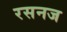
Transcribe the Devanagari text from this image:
रसनज